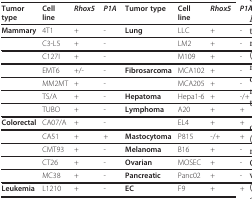
<table><thead><tr><td><b>Tumor type</b></td><td><b>Cell line</b></td><td><b><i>Rhox5 </i></b></td><td><b><i>P1A </i></b></td><td><b>Tumor type</b></td><td><b>Cell line</b></td><td><b><i>Rhox5 </i></b></td><td><b><i>P1A </i></b></td></tr></thead><tbody><tr><td><b>Mammary</b></td><td>4T1</td><td>+</td><td>-</td><td><b>Lung</b></td><td>LLC</td><td>+</td><td>-</td></tr><tr><td></td><td>C3-L5</td><td>+</td><td>-</td><td></td><td>LM2</td><td>+</td><td>-</td></tr><tr><td></td><td>C127I</td><td>+</td><td>-</td><td></td><td>M109</td><td>+</td><td>-</td></tr><tr><td></td><td>EMT6</td><td>+/-</td><td>-</td><td><b>Fibrosarcoma</b></td><td>MCA102</td><td>+</td><td>-</td></tr><tr><td></td><td>MM2MT</td><td>+</td><td>-</td><td></td><td>MCA205</td><td>+</td><td>-</td></tr><tr><td></td><td>TS/A</td><td>+</td><td>-</td><td><b>Hepatoma</b></td><td>Hepa1-6</td><td>+</td><td>-/+</td></tr><tr><td></td><td>TUBO</td><td>+</td><td>-</td><td><b>Lymphoma</b></td><td>A20</td><td>+</td><td>+</td></tr><tr><td><b>Colorectal</b></td><td>CA07/A</td><td>+</td><td>-</td><td></td><td>EL4</td><td>+</td><td>+</td></tr><tr><td></td><td>CA51</td><td>+</td><td>+</td><td><b>Mastocytoma</b></td><td>P815</td><td>-/+</td><td>+</td></tr><tr><td></td><td>CMT93</td><td>+</td><td>-</td><td><b>Melanoma</b></td><td>B16</td><td>+</td><td>-</td></tr><tr><td></td><td>CT26</td><td>+</td><td>-</td><td><b>Ovarian</b></td><td>MOSEC</td><td>+</td><td>-</td></tr><tr><td></td><td>MC38</td><td>+</td><td>-</td><td><b>Pancreatic</b></td><td>Panc02</td><td>+</td><td>-</td></tr><tr><td><b>Leukemia</b></td><td>L1210</td><td>+</td><td>-</td><td><b>EC</b></td><td>F9</td><td>+</td><td>+</td></tr></tbody></table>